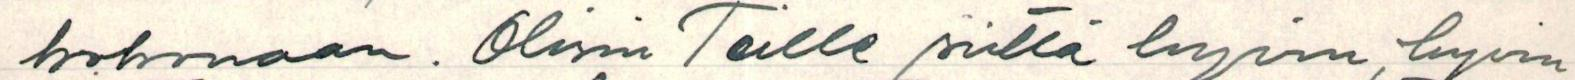
kokonaan. Olisin Teille siittä hyvin, hyvin